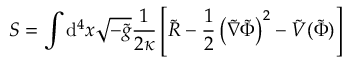
S = \int \mathrm { d } ^ { 4 } x { \sqrt { - { \tilde { g } } } } { \frac { 1 } { 2 \kappa } } \left[ { \tilde { R } } - { \frac { 1 } { 2 } } \left( { \tilde { \nabla } } { \tilde { \Phi } } \right) ^ { 2 } - { \tilde { V } } ( { \tilde { \Phi } } ) \right]